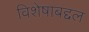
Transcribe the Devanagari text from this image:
विशेषाबद्दल